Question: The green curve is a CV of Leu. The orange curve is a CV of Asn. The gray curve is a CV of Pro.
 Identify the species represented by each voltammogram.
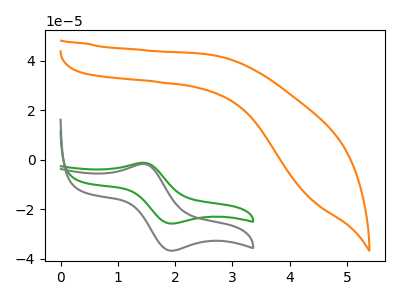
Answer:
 <answer>The green curve is labeled "Leu". The orange curve is labeled "Asn". The gray curve is labeled "Pro".</answer>
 <eval></eval>